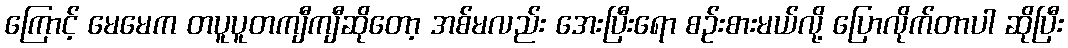
ကြောင့် မေမေက တပူပူတကျီကျီဆိုတော့ အစ်မလည်း အေးပြီးရော စဉ်းစားမယ်လို့ ပြောလိုက်တာပါ ဆိုပြီး